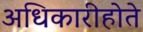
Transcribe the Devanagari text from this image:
अधिकारीहोते